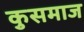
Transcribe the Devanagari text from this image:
कुसमाज